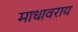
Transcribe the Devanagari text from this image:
माधावराय